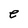
Character: e